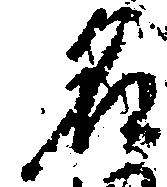
名